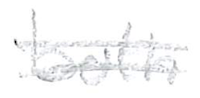
Text: both
Cross-out: mix
Writing tool: pencil